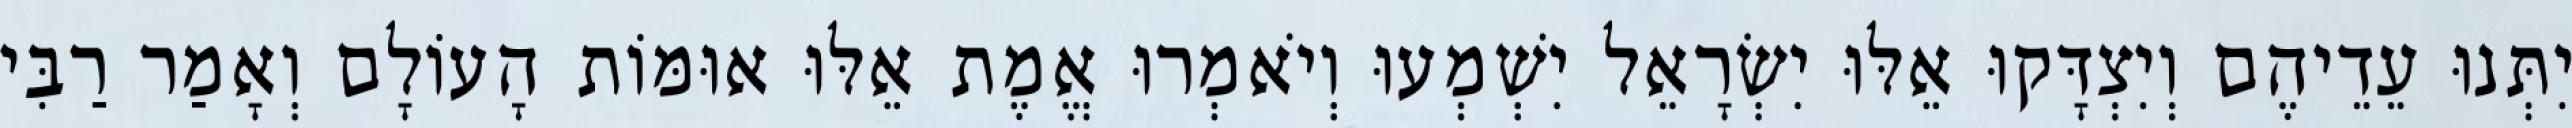
יִתְּנוּ עֵדֵיהֶם וְיִצְדָּקוּ אֵלּוּ יִשְׂרָאֵל יִשְׁמְעוּ וְיֹאמְרוּ אֱמֶת אֵלּוּ אוּמּוֹת הָעוֹלָם וְאָמַר רַבִּי